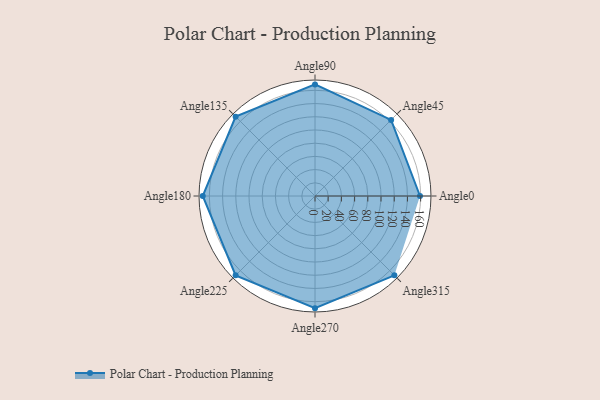
{"axis": {"x": "Angle", "y": "Radius"}, "legend": [""], "data": [{"x": "Angle0", "y": 159.0, "type": ""}, {"x": "Angle45", "y": 163.0, "type": ""}, {"x": "Angle90", "y": 169.0, "type": ""}, {"x": "Angle135", "y": 170, "type": ""}, {"x": "Angle180", "y": 170, "type": ""}, {"x": "Angle225", "y": 170, "type": ""}, {"x": "Angle270", "y": 170, "type": ""}, {"x": "Angle315", "y": 170, "type": ""}]}